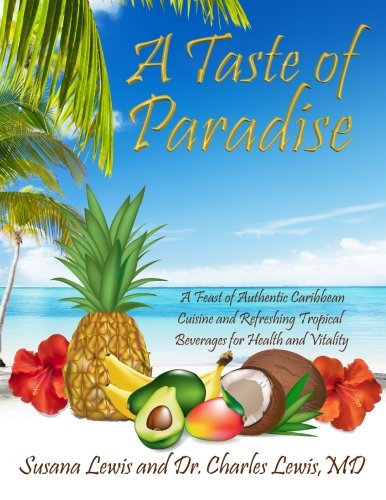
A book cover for A Taste of Paradise: A Feast of Authentic Caribbean Cuisine and Refreshing Tropical Beverages for Health and Vitality; Susana J Lewis; Cookbooks, Food & Wine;